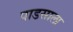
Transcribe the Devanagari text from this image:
पाडसाला